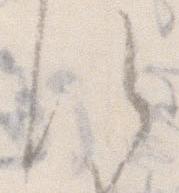
す